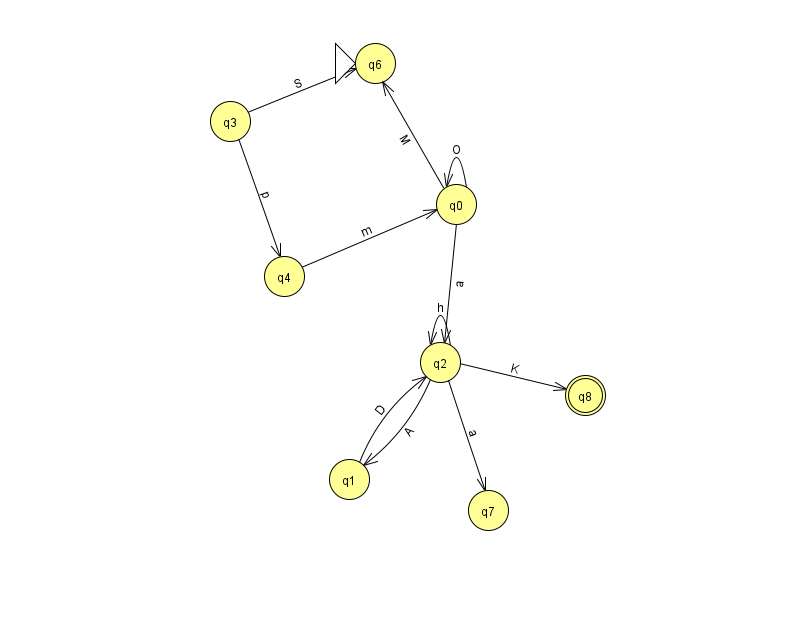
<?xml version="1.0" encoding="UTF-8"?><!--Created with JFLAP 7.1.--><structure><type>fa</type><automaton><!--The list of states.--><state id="0" name="q0"><x>456.0</x><y>191.0</y></state><state id="1" name="q1"><x>349.0</x><y>466.0</y></state><state id="2" name="q2"><x>440.0</x><y>349.0</y></state><state id="3" name="q3"><x>230.0</x><y>108.0</y></state><state id="4" name="q4"><x>284.0</x><y>263.0</y></state><state id="6" name="q6"><x>375.0</x><y>50.0</y><initial/></state><state id="7" name="q7"><x>488.0</x><y>497.0</y></state><state id="8" name="q8"><x>585.0</x><y>382.0</y><final/></state><!--The list of transitions.--><transition><from>0</from><to>2</to><read>a</read></transition><transition><from>2</from><to>1</to><read>A</read></transition><transition><from>1</from><to>2</to><read>D</read></transition><transition><from>2</from><to>7</to><read>a</read></transition><transition><from>3</from><to>6</to><read>S</read></transition><transition><from>2</from><to>8</to><read>K</read></transition><transition><from>4</from><to>0</to><read>m</read></transition><transition><from>2</from><to>2</to><read>h</read></transition><transition><from>3</from><to>4</to><read>p</read></transition><transition><from>0</from><to>6</to><read>M</read></transition><transition><from>0</from><to>0</to><read>O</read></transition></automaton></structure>